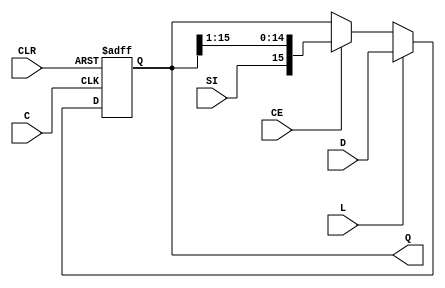
`timescale 1ns / 1ps
//////////////////////////////////////////////////////////////////////////////////
// Company: 
// Engineer: 
// 
// Design Name: 
// Module Name:    srnlce 
// Project Name: 
// Target Devices: 
// Tool versions: 
// Description: 
//
// Dependencies: 
//
// Revision: 
// Revision 0.01 - File Created
// Additional Comments: 
//
//////////////////////////////////////////////////////////////////////////////////
module srnlce #(
	parameter Width = 16,
	parameter Left = 0,
	parameter TMR = 0
)(
	input C,
	input CE,
	input CLR,
	input L,
	input SI,
	input [Width-1:0] D,
	output reg [Width-1:0] Q
);

always @(posedge C or posedge CLR) begin
	if(CLR)
		Q <= 0;
	else
		if(L)
			Q <= D;
		else if(CE)
			if(Left)
				Q <= {Q[Width-2:0],SI}; // Shift left
			else
				Q <= {SI,Q[Width-1:1]}; // Shift right
end

endmodule